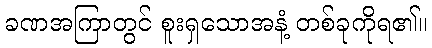
ခဏအကြာတွင် စူးရှသောအနံ့ တစ်ခုကိုရ၏။